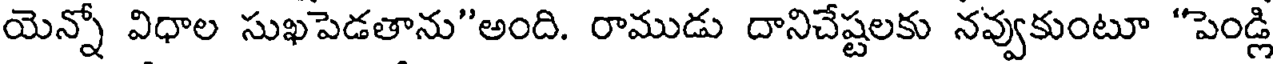
యెన్నో విధాల సుఖపెడతాను"అంది. రాముడు దానిచేష్టలకు నవ్వుకుంటూ "పెండ్లి